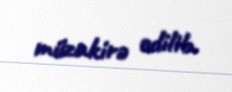
müzakirə edilib.